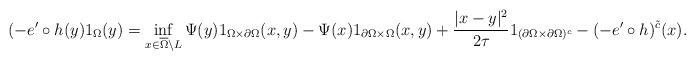
LaTeX: \begin{align*}(-e^{\prime}\circ h(y)1_{\Omega}(y)=\inf_{x\in\overline{\Omega}\backslash L}\Psi(y)1_{\Omega\times\partial\Omega}(x,y)-\Psi(x)1_{\partial\Omega\times\Omega}(x,y)+\frac{|x-y|^{2}}{2\tau}1_{(\partial\Omega\times\partial\Omega)^{c}}-(-e^{\prime}\circ h)^{\tilde{c}}(x).\end{align*}